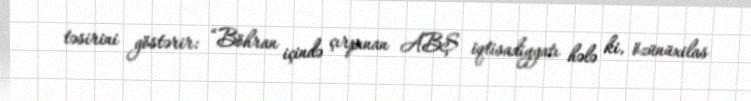
təsirini göstərir: “Böhran içində çırpınan ABŞ iqtisadiyyatı hələ ki, özünüxilas